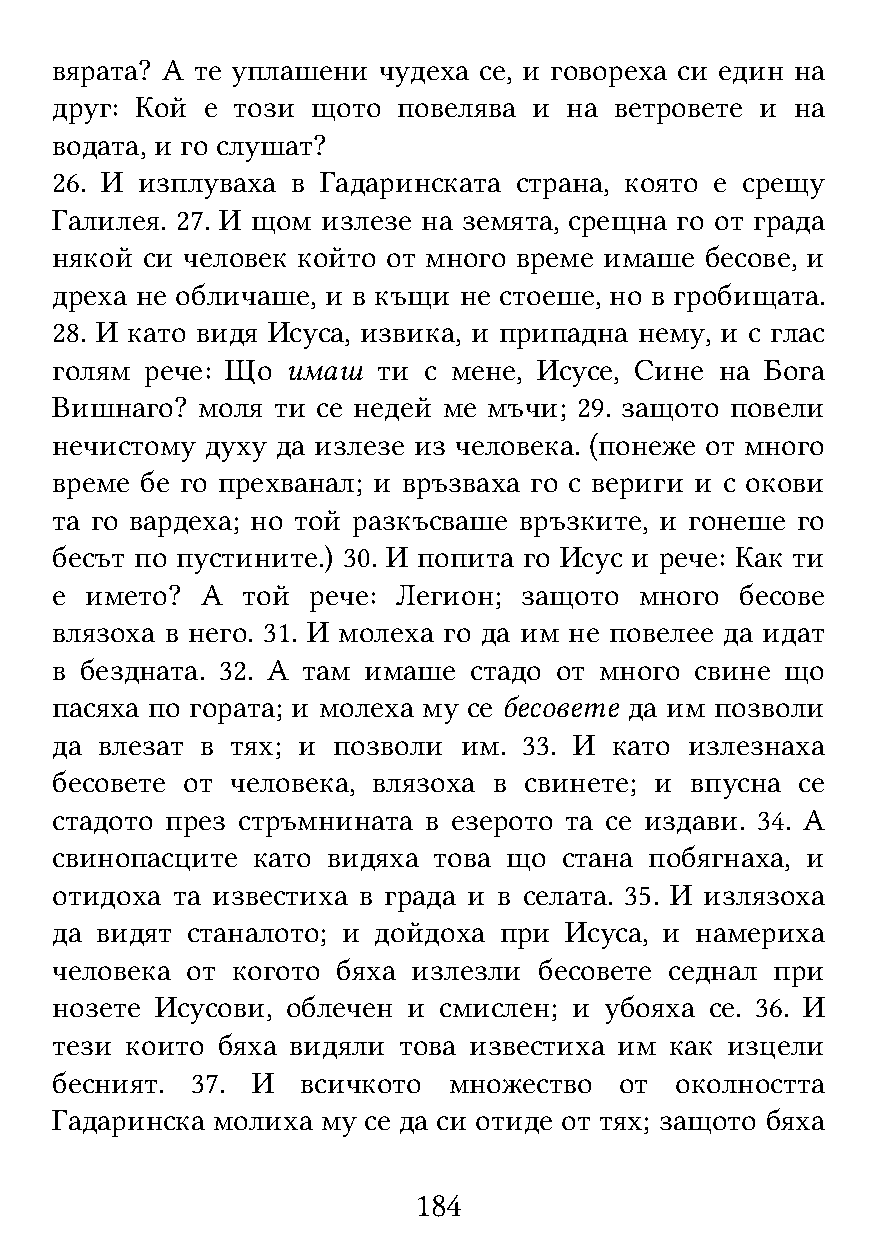
вярата? А те уплашени чудеха се, и говореха си един на
 друг: Кой е този  щото повелява и на  ветровете и на
 водата, и го слушат?
 26. И изплуваха в Гадаринската страна, която е срещу
 Галилея. 27. И щом излезе на земята, срещна го от града
 някой си человек който от много време имаше бесове, и
 дреха не обличаше, и в къщи не стоеше, но в гробищата.
 28. И като видя Исуса, извика, и припадна нему, и с глас
 голям  рече: Що имаш  ти с мене, Исусе, Сине на Бога
 Вишнаго?  моля ти се недей ме мъчи; 29. защото повели
 нечистому  духу да излезе из человека. (понеже от много
 време бе го прехванал; и връзваха го с вериги и с окови
 та го вардеха; но той разкъсваше връзките, и гонеше го
 бесът по пустините.) 30. И попита го Исус и рече: Как ти
 е  името? А  той рече: Легион; защото  много  бесове
 влязоха в него. 31. И молеха го да им не повелее да идат
 в бездната. 32. А там имаше стадо от много свине що
 пасяха по гората; и молеха му се бесовете да им позволи
 да влезат в тях; и позволи им.  33. И като излезнаха
 бесовете от человека, влязоха в свинете; и впусна се
 стадото през стръмнината в езерото та се издави. 34. А
 свинопасците  като видяха това що стана побягнаха, и
 отидоха та известиха в града и в селата. 35. И излязоха
 да видят станалото; и дойдоха при Исуса, и намериха
 человека от когото бяха излезли  бесовете седнал при
 нозете Исусови, облечен и смислен; и убояха се. 36. И
 тези които бяха видяли това известиха им как изцели
 бесният.  37. И  всичкото  множество  от  околността
 Гадаринска молиха му се да си отиде от тях; защото бяха
 184